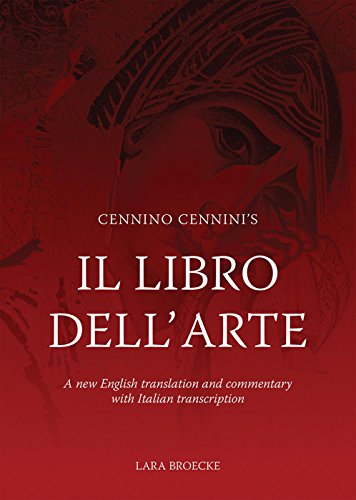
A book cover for Cennino Cennini's Il Libro dell'Arte: A new English language translation and commentary and Italian transcription; Lara Broecke; Politics & Social Sciences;